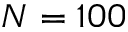
N = 1 0 0